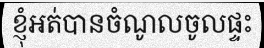
ខ្ញុំអត់បានចំណូលចូលផ្ទះ